Annual report of the Bengal Veterinary College and of the Civil Veterinary Department, Bengal, for the year 1914-1915 - 1914-1915
Year: 1914
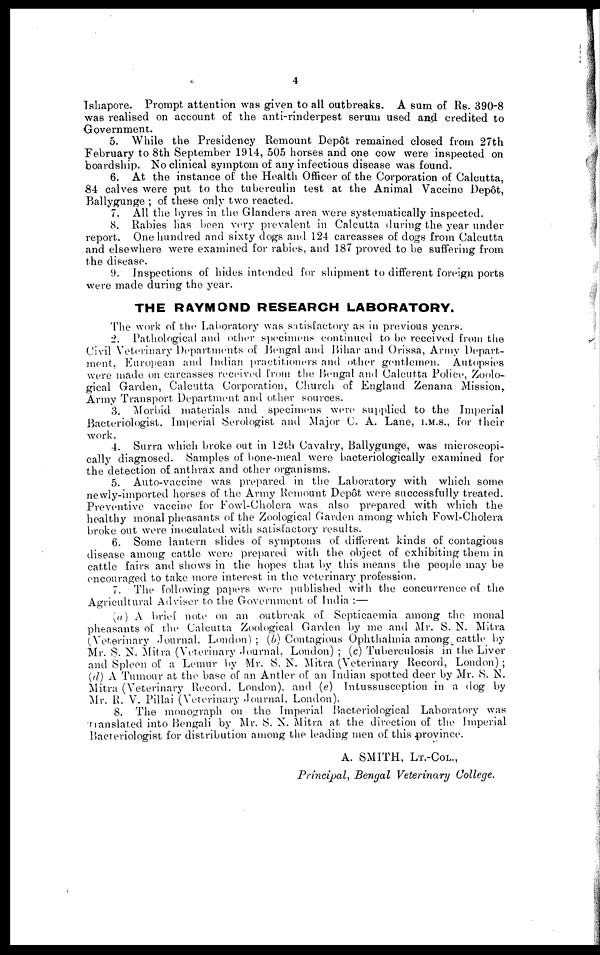
4
Ishapore. Prompt attention was given to all outbreaks. A sum of Rs. 390-8
was realised on account of the anti-rinderpest serum used and credited to
Government.
5. While the Presidency Remount Depot remained closed from 27th
February to 8th September 1914, 505 horses and one cow were inspected on
boardship. No clinical symptom of any infectious disease was found.
6. At the instance of the Health Officer of the Corporation of Calcutta,
84 calves were put to the tuberculin test at the Animal Vaccine Depot,
Ballygunge ; of these only two reacted.
7. All the byres in the Glanders area were systematically inspected.
8. Rabies has been very prevalent in Calcutta during the year under
report. One hundred and sixty dogs and 124 carcasses of dogs from Calcutta
and elsewhere were examined for rabies, and 187 proved to be suffering from
the disease.
9. Inspections of bides intended for shipment to different foreign ports
were made during the year.
THE RAYMOND RESEARCH LABORATORY.
The work of the Laboratory was satisfactory as in previous years.
2. Pathological and other specimens continued to be received from the
Civil Veterinary Departments of Bengal and Bihar and Orissa, Army Depart-
ment, European and Indian practitioners and other gentlemen. Autopsies
were made on carcasses received from the Bengal and Calcutta Police, Zoolo-
gical Garden, Calcutta Corporation, Church of England Zenana Mission,
Army Transport Department and other sources.
3. Morbid materials and specimens were supplied to the Imperial
Bacteriologist, Imperial Serologist and Major C. A. Lane, I.M.S., for their
work.
4. Surra which broke out in 12th Cavalry, Ballygunge, was microscopi-
cally diagnosed. Samples of bone-meal were bacteriologically examined for
the detection of anthrax and other organisms.
5. Auto-vaccine was prepared in the Laboratory with which some
newly-imported horses of the Army Remount Depôt were successfully treated.
Preventive vaccine for Fowl-Cholera was also prepared with which the
healthy monal pheasants of the Zoological Garden among which Fowl-Cholera
broke out were inoculated with satisfactory results.
6. Some lantern slides of symptoms of different kinds of contagious
disease among cattle were prepared with the object of exhibiting them in
cattle fairs and shows in the hopes that by this means the people may be
encouraged to take more interest in the veterinary profession.
7. The following papers were published with the concurrence of the
Agricultural Adviser to the Government of India :—
(a) A brief note on an outbreak of Septicaemia among the monal
pheasants of the Calcutta Zoological Garden by me and Mr. S. N. Mitra
(Veterinary Journal, London); (b) Contagious Ophthalmia among cattle by
Mr. S. N. Mitra (Veterinary Journal, London) ; (c) Tuberculosis in the Liver
and Spleen of a Lemur by Mr. S. N. Mitra (Veterinary Record, London) ;
(d) A Tumour at the base of an Antler of an Indian spotted deer by Mr. S. N.
Mitra (Veterinary Record. London), and (e) Intussusception in a dog by
Mr. R. V. Pillai (Veterinary Journal, London).
8. The monograph on the Imperial Bacteriological Laboratory was
translated into Bengali by Mr. S. N. Mitra at the direction of the Imperial
Bacteriologist for distribution among the leading men of this province.
A. SMITH, LT.-COL.,
Principal, Bengal Veterinary College.